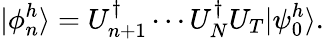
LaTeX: |\phi_{n}^{h}\rangle=U_{n+1}^{\dagger}\cdots U_{N}^{\dagger}U_{T}|\psi_{0}^{h}\rangle.